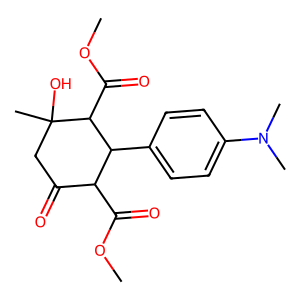
SMILES: COC(=O)C1C(=O)CC(C)(O)C(C(=O)OC)C1c1ccc(N(C)C)cc1
Inhibits HIV replication: No